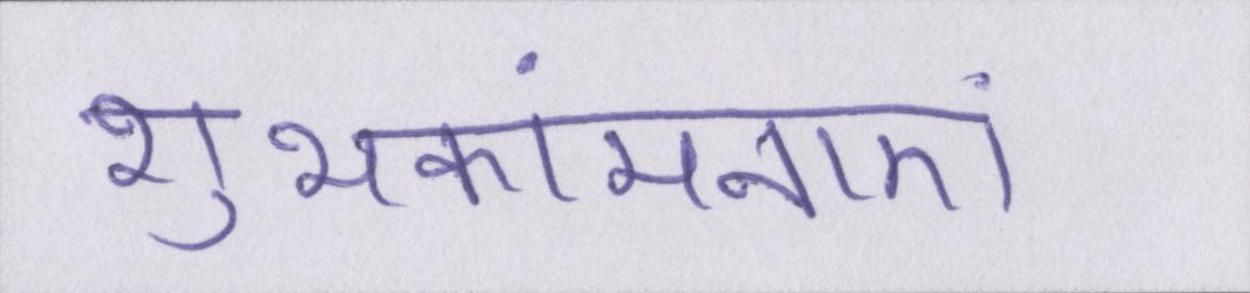
शुभकांमनाएं